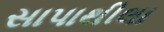
સાપાથીલા